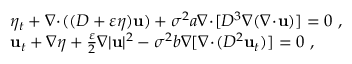
\begin{array} { r l } & { \eta _ { t } + \nabla \! \cdot \! ( ( D + \varepsilon \eta ) \mathbf { u } ) + \sigma ^ { 2 } a \nabla \! \cdot \! [ D ^ { 3 } \nabla ( \nabla \! \cdot \! \mathbf { u } ) ] = 0 \ , } \\ & { \mathbf { u } _ { t } + \nabla \eta + \frac { \varepsilon } { 2 } \nabla | \mathbf { u } | ^ { 2 } - \sigma ^ { 2 } b \nabla [ \nabla \! \cdot \! ( D ^ { 2 } \mathbf { u } _ { t } ) ] = 0 \ , } \end{array}